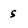
Character: s